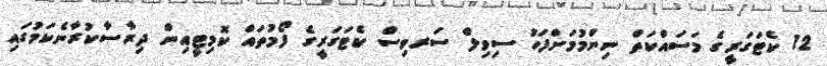
12 ކެޓަގަރީގެ މަސައްކަތް ނިންމުމަށްފަހު ސިވިލް ސަރވިސް ކެޓަގަރީގެ ފޯމުތައް ކޮމިޓީއިން ދިރާސާކުރާނެކަމުގައި